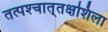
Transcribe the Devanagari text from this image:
तत्पश्‍चात्‌तक्षशिला